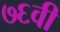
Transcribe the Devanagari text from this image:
७६वी